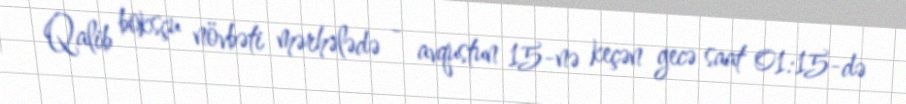
Qalib boksçu növbəti mərhələdə - avqustun 15-nə keçən gecə saat 01:15-də